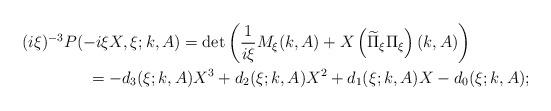
LaTeX: \begin{align*}&(i\xi)^{-3}P(-i\xi X,\xi;k,A)=\det\left(\frac{1}{i\xi}M_\xi(k,A)+X\left(\widetilde\Pi_\xi\Pi_\xi\right)(k,A)\right)\\&\qquad\qquad=-d_3(\xi;k,A)X^3+d_2(\xi;k,A)X^2+d_1(\xi;k,A)X-d_0(\xi;k,A);\end{align*}